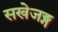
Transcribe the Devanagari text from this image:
सखेजङ्ग